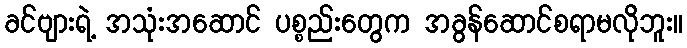
ခင်ဗျားရဲ့ အသုံးအဆောင် ပစ္စည်းတွေက အခွန်ဆောင်စရာမလိုဘူး။